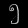
Digit: ၅